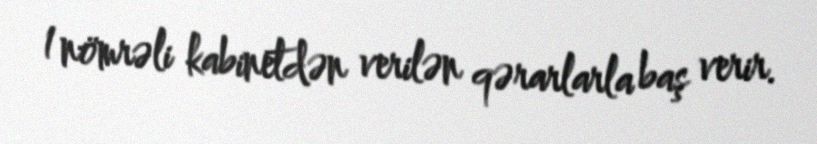
1 nömrəli kabinetdən verilən qərarlarla baş verir.